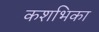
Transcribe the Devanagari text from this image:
कशभिका